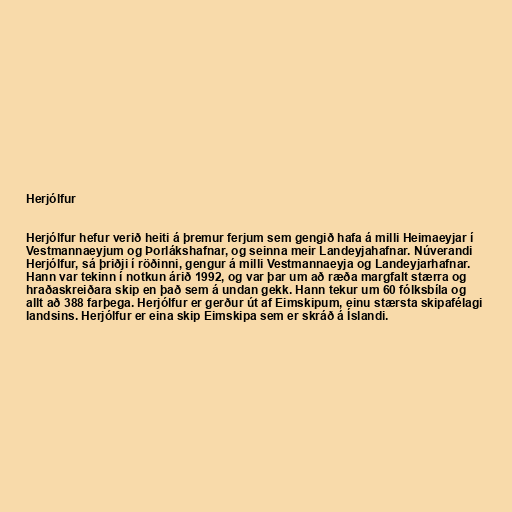
Herjólfur

Herjólfur hefur verið heiti á þremur ferjum sem gengið hafa á milli Heimaeyjar í
Vestmannaeyjum og Þorlákshafnar, og seinna meir Landeyjahafnar. Núverandi
Herjólfur, sá þriðji í röðinni, gengur á milli Vestmannaeyja og Landeyjarhafnar.
Hann var tekinn í notkun árið 1992, og var þar um að ræða margfalt stærra og
hraðaskreiðara skip en það sem á undan gekk. Hann tekur um 60 fólksbíla og
allt að 388 farþega. Herjólfur er gerður út af Eimskipum, einu stærsta skipafélagi
landsins. Herjólfur er eina skip Eimskipa sem er skráð á Íslandi.